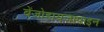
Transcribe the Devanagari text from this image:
बेंजोडायजापाइन